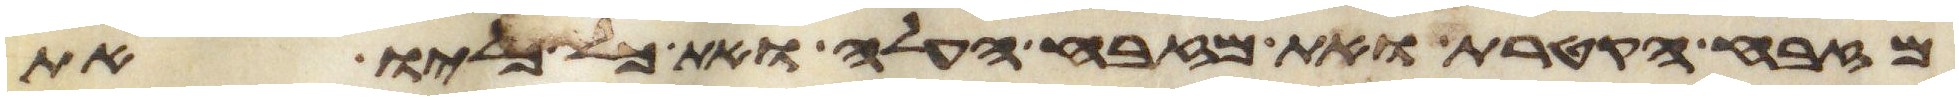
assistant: מזבח הקטרת ואת מזבח העלה ואת כל כליו את